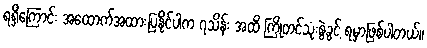
ရရှိကြောင်း အထောက်အထားပြနိုင်ပါက ၇သိန်း အထိ ကြိုတင်သုံးစွဲခွင့် ရမှာဖြစ်ပါတယ်။